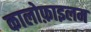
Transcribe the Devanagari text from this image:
कालोफ़ाइलम